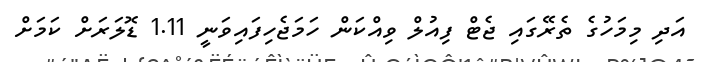
އަދި މިމަހުގެ ތެރޭގައި ޖެޓް ފިއުލް ވިއްކަން ހަމަޖެހިފައިވަނީ 1.11 ޑޮލަރަށް ކަމަށް